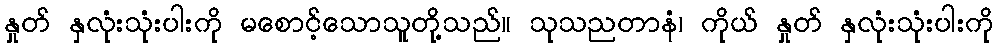
နှုတ် နှလုံးသုံးပါးကို မစောင့်သောသူတို့သည်။ သုသညတာနံ၊ ကိုယ် နှုတ် နှလုံးသုံးပါးကို